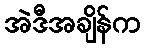
အဲဒီအချိန်က